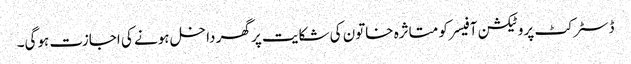
ڈسٹرکٹ پروٹیکشن آفیسر کو متاثرہ خاتون کی شکایت پر گھر داخل ہونے کی اجازت ہوگی۔